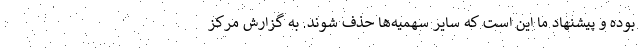
بوده و پیشنهاد ما این است که سایر سهمیه‌ها حذف شوند. به گزارش مرکز